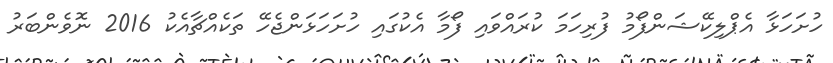
ހުށަހަޅާ އެޕްލިކޭޝަންފޯމު ފުރިހަމަ ކުރައްވައި ފޯމާ އެކުގައި ހުށަހަޅަންޖެހޭ ތަކެއްޗާއެކު 2016 ނޮވެންބަރު